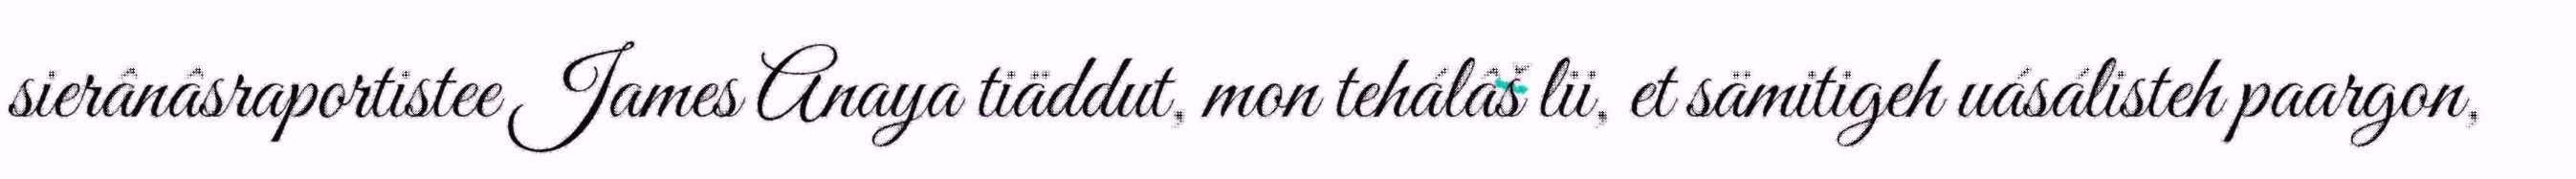
sierânâsraportistee James Anaya tiäddut, mon tehálâš lii, et sämitigeh uásálisteh paargon,